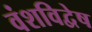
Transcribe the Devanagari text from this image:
वंशविद्वेष